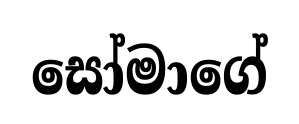
සෝමාගේ